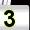
Digit: 3